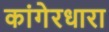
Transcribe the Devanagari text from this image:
कांगेरधारा